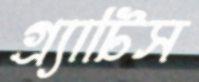
গ্র্যাটিস